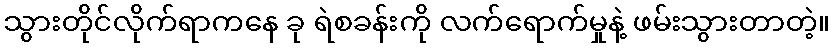
သွားတိုင်လိုက်ရာကနေ ခု ရဲစခန်းကို လက်ရောက်မှုနဲ့ ဖမ်းသွားတာတဲ့။